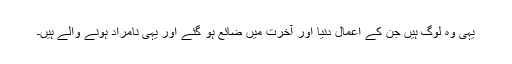
یہی وہ لوگ ہیں جن کے اعمال دنیا اور آخرت میں ضائع ہو گئے اور یہی نامراد ہونے والے ہیں۔